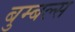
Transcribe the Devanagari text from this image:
बुम्बल्स